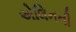
એલિનની